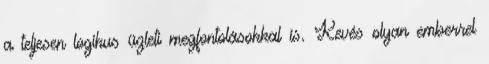
a teljesen logikus üzleti megfontolásokkal is. Kevés olyan emberrel